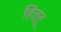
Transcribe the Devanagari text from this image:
हित्तू